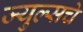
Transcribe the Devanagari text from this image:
ज्युल्सचे